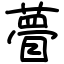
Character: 瞢